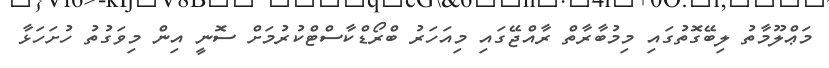
މަޢްލޫމާތު ލިބޭގޮތުގައި މިމުބާރާތް ރާއްޖޭގައި މިއަހަރު ބްރޯޑްކާސްޓްކުރުމަށް ސޮނީ އިން މިވަގުތު ހުށަހަޅާ